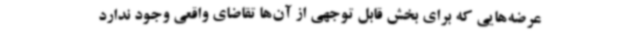
عرضه‌هایی که برای بخش قابل توجهی از آن‌ها تقاضای واقعی وجود ندارد